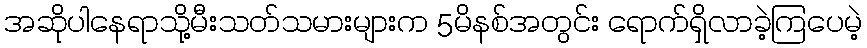
အဆိုပါနေရာသို့မီးသတ်သမားများက 5မိနစ်အတွင်း ရောက်ရှိလာခဲ့ကြပေမဲ့